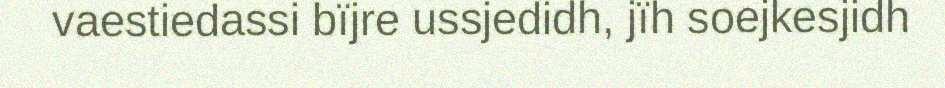
vaestiedassi bïjre ussjedidh, jïh soejkesjidh